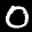
Label: 0